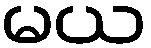
မယ